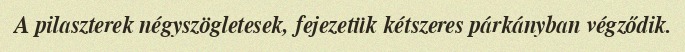
A pilaszterek négyszögletesek, fejezetük kétszeres párkányban végződik.